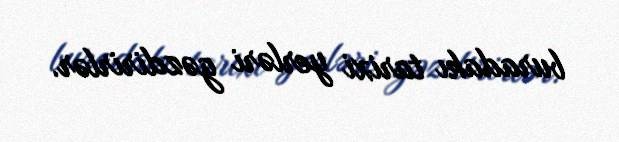
buradakı tarixi yerləri gəzdirirlər.